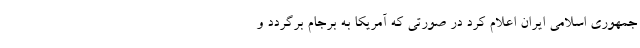
جمهوری اسلامی ایران اعلام کرد در صورتی که آمریکا به برجام برگردد و